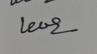
Signature authenticity: genuine